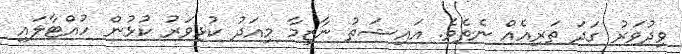
ވިދުވަރު ގަދަ ތަރިއެއް ނެތެވެ. އައިޝަތު ނާޒިމާ މިއަދު ކުޅިވަރު ކުޅުން ހުއްޓާލައި